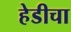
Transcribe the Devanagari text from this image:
हेडीचा